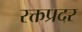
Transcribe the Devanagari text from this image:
रक्तप्रदर